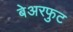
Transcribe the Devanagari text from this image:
बेअरफुट